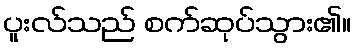
ပူးလ်သည် စက်ဆုပ်သွား၏။